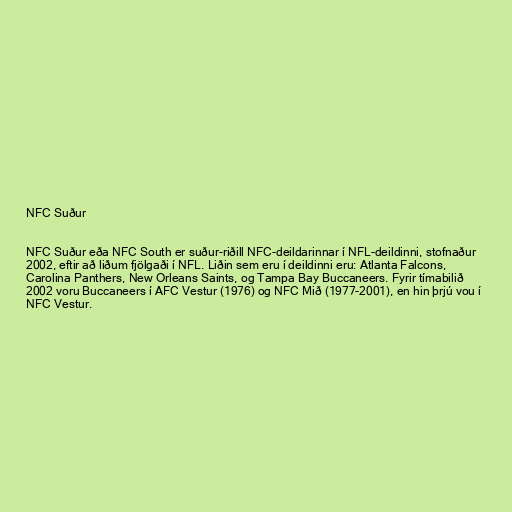
NFC Suður

NFC Suður eða NFC South er suður-riðill NFC-deildarinnar í NFL-deildinni, stofnaður
2002, eftir að liðum fjölgaði í NFL. Liðin sem eru í deildinni eru: Atlanta Falcons,
Carolina Panthers, New Orleans Saints, og Tampa Bay Buccaneers. Fyrir tímabilið
2002 voru Buccaneers í AFC Vestur (1976) og NFC Mið (1977-2001), en hin þrjú vou í
NFC Vestur.